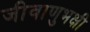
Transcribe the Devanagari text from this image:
जीवाणुभक्षी